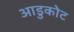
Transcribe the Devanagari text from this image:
आडुकोट